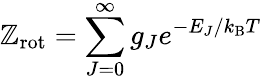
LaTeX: \mathbb{Z}_{\mathrm{{rot}}}=\sum_{J=0}^{\infty}{g_{J}e^{-E_{J}/k_{\mathrm{{B}}}T\; }}